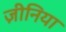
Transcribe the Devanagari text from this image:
ज़ीनिया